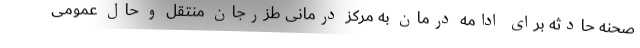
صحنه حادثه برای ادامه درمان به مرکز درمانی طزرجان منتقل و حال عمومی